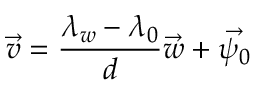
\vec { v } = \frac { \lambda _ { w } - \lambda _ { 0 } } { d } \vec { w } + \vec { \psi _ { 0 } }